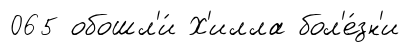
065 обошл'и́ Х'илла бол'е́зн'и